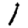
Digit: 1